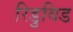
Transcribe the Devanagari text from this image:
रिडुविड